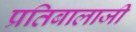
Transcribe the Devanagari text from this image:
प्रतिबालाजी